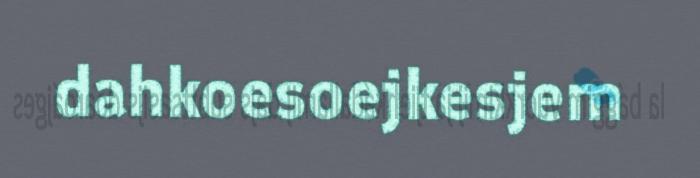
dahkoesoejkesjem